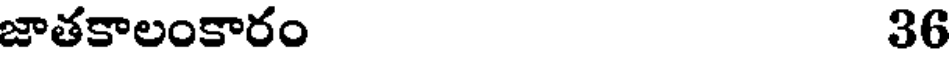
జాతకాలంకారం 36